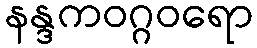
နန္ဒကဝဂ္ဂဝရော